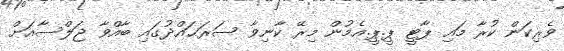
ވެރިކަން ކުރާ މައި ޕާޓީ ޕީ.ޕީ.އެމުން މިރޭ ކާނިވާ ސަރަޙައްދުގައި ބާއްވާ ޖަލްސާއަށް